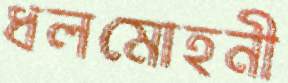
ধলমোহনী